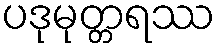
ပဒုမုတ္တရဿ